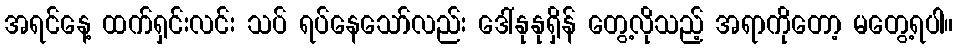
အရင်နေ့ ထက်ရှင်းလင်း သပ် ရပ်နေသော်လည်း ဒေါ်နုနုရှိန် တွေ့လိုသည့် အရာကိုတော့ မတွေ့ရပါ။